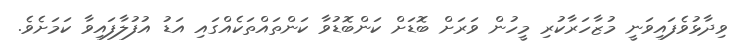
ވިދާޅުވެފައިވަނީ މުޒާހަރާކުރި މީހުން ވަރަށް ބޮޑަށް ކަންބޮޑުވާ ކަންތައްތަކެއްގައި އަޑު އުފުލާފައިވާ ކަމަށެވެ.